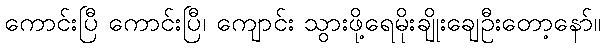
ကောင်းပြီ ကောင်းပြီ၊ ကျောင်း သွားဖို့ရေမိုးချိုးချေဦးတော့နော်။